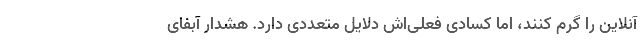
آنلاین را گرم کنند، اما کسادی فعلی‌اش دلایل متعددی دارد. هشدار آبفای